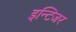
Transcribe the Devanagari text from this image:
इन्टिजर